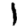
Digit: 1